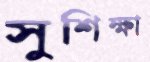
সুশিক্ষা